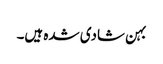
بہن شادی شدہ ہیں۔